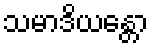
သမာဒိယန္တော